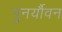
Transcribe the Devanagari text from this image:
पुनर्यौवन